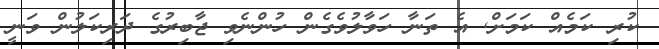
ކުރި ކަމެއް ކަމަށް